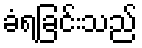
ခံရခြင်းသည်